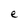
Character: e